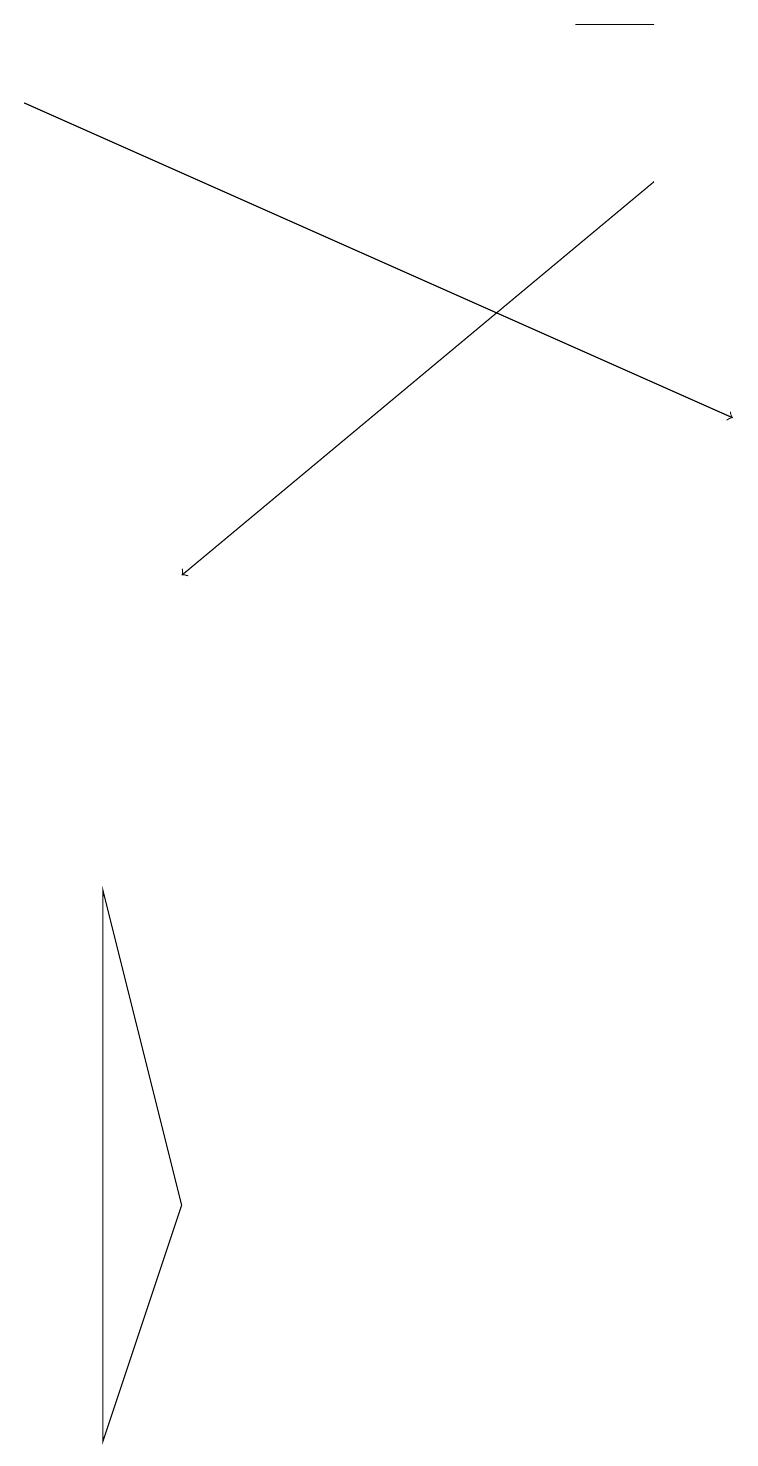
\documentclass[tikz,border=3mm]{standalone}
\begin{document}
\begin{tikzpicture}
\draw[->] (8,17) -- (2,12);
\draw[->] (0,18) -- (9,14);
\draw (7,19) rectangle (8,19);
\draw (1,1) -- (2,4) -- (1,8) -- cycle;
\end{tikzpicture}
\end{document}